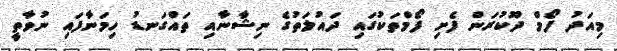
މިއަދު ފޯމް ދޫކުރަން ފެށި ފޯމްތަކުގައި ދައުލަތުގެ ނިޝާނާއި ތައްގަނޑު ހިމަނާފައި ނުވާތީ